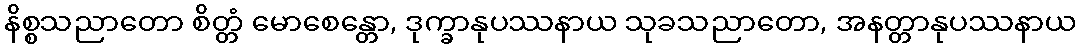
နိစ္စသညာတော စိတ္တံ မောစေန္တော, ဒုက္ခာနုပဿနာယ သုခသညာတော, အနတ္တာနုပဿနာယ